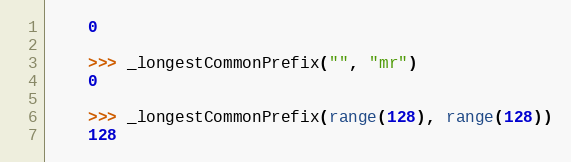
Language: Python
    0

    >>> _longestCommonPrefix("", "mr")
    0

    >>> _longestCommonPrefix(range(128), range(128))
    128